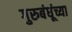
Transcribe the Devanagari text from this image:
गुरुबंधूंच्या